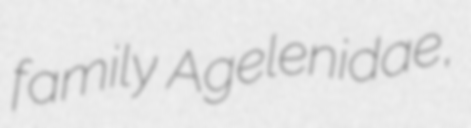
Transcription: family Agelenidae,